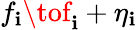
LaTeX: f_{\mathbf{i}}\tof_{\mathbf{i}}+\eta_{\mathbf{i}}